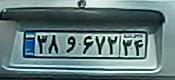
۳۸و۶۷۲۳۴